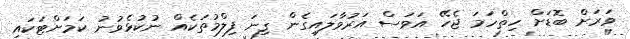
ވަރަށް ބޮޑަށް ހިތްހަމަ ޖެހޭ އަވަސް އަރުވާލައިގެން ގިނަ ފިލްމުތަކެއް ނުކުޅެވުނު ކަމަށްޓަކައި